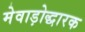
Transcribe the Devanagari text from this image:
मेवाड़ोद्धारक